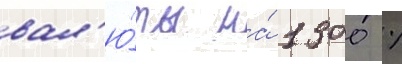
вал'ю́ты на́ 1300 %